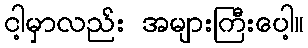
ငါ့မှာလည်း အများကြီးပေါ့။